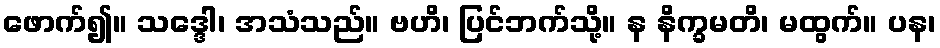
ဖောက်၍။ သဒ္ဒေါ၊ အသံသည်။ ဗဟိ၊ ပြင်ဘက်သို့။ န နိက္ခမတိ၊ မထွက်။ ပန၊